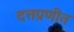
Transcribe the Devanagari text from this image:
दत्तप्रणीत